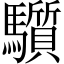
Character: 𩧄